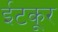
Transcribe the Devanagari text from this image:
ईटकूर